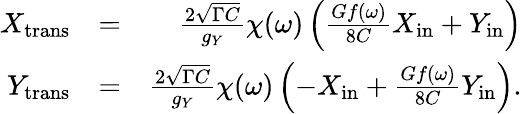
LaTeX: \begin{array}{rlr}{X_{\mathrm{trans}}}&{=}&{\frac{2\sqrt{\Gamma C}}{g_{Y}}\chi(\omega)\left(\frac{Gf(\omega)}{8C}X_{\mathrm{in}}+Y_{\mathrm{in}}\right)}\\ {Y_{\mathrm{trans}}}&{=}&{\frac{2\sqrt{\Gamma C}}{g_{Y}}\chi(\omega)\left(-X_{\mathrm{in}}+\frac{Gf(\omega)}{8C}Y_{\mathrm{in}}\right).}\end{array}